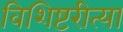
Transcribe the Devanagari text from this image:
विशिष्टरीत्या